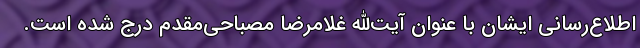
اطلاع‌رسانی ایشان با عنوان آیت‌الله غلامرضا مصباحی‌مقدم درج شده است.